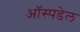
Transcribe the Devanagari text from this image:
ऑस्पडेल